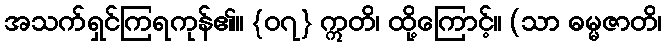
အသက်ရှင်ကြရကုန်၏။ {၀၇} ဣတိ၊ ထို့ကြောင့်။ (သာ ဓမ္မဇာတိ၊